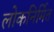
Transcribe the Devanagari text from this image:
लोकनिर्मित